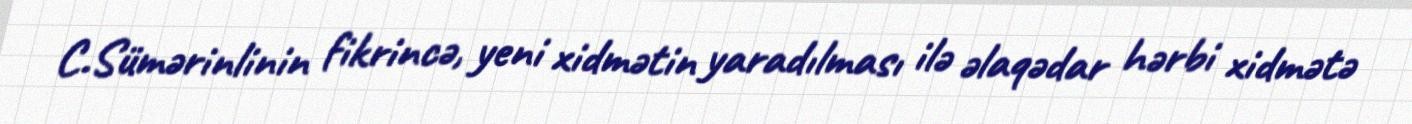
C.Sümərinlinin fikrincə, yeni xidmətin yaradılması ilə əlaqədar hərbi xidmətə